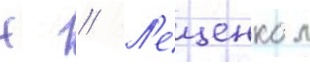
Н // Л'ещенко л